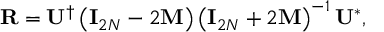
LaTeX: { \bf R } = { \bf U } ^ { \dagger } \left( { \bf I } _ { 2 N } - 2 { \bf M } \right) \left( { \bf I } _ { 2 N } + 2 { \bf M } \right) ^ { - 1 } { \bf U } ^ { * } ,